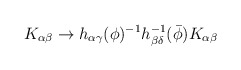
\begin{align*}K_{\alpha \beta} \rightarrow h_{\alpha \gamma}(\phi)^{-1}h_{\beta\delta}^{-1}({\bar \phi}) K_{\alpha \beta} \end{align*}